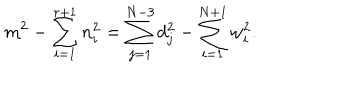
LaTeX: m ^ { 2 } - \sum _ { i = 1 } ^ { r + 1 } n _ { i } ^ { 2 } = \sum _ { j = 1 } ^ { N - 3 } d _ { j } ^ { 2 } - \sum _ { i = 1 } ^ { N + 1 } w _ { i } ^ { 2 } .